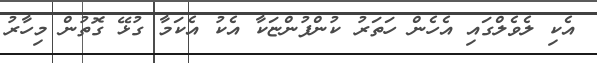
އެކި ލެވެލްގައި އެހެން ހަތަރު ކުންފުންޏަކާ އެކު އެކަމާ ގުޅޭ ގޮތުން މިހާރު